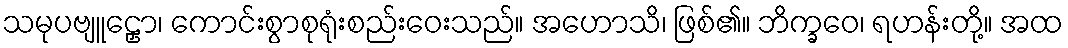
သမုပဗျူဠှော၊ ကောင်းစွာစုရုံးစည်းဝေးသည်။ အဟောသိ၊ ဖြစ်၏။ ဘိက္ခဝေ၊ ရဟန်းတို့။ အထ